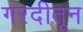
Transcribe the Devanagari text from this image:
गरदीतून